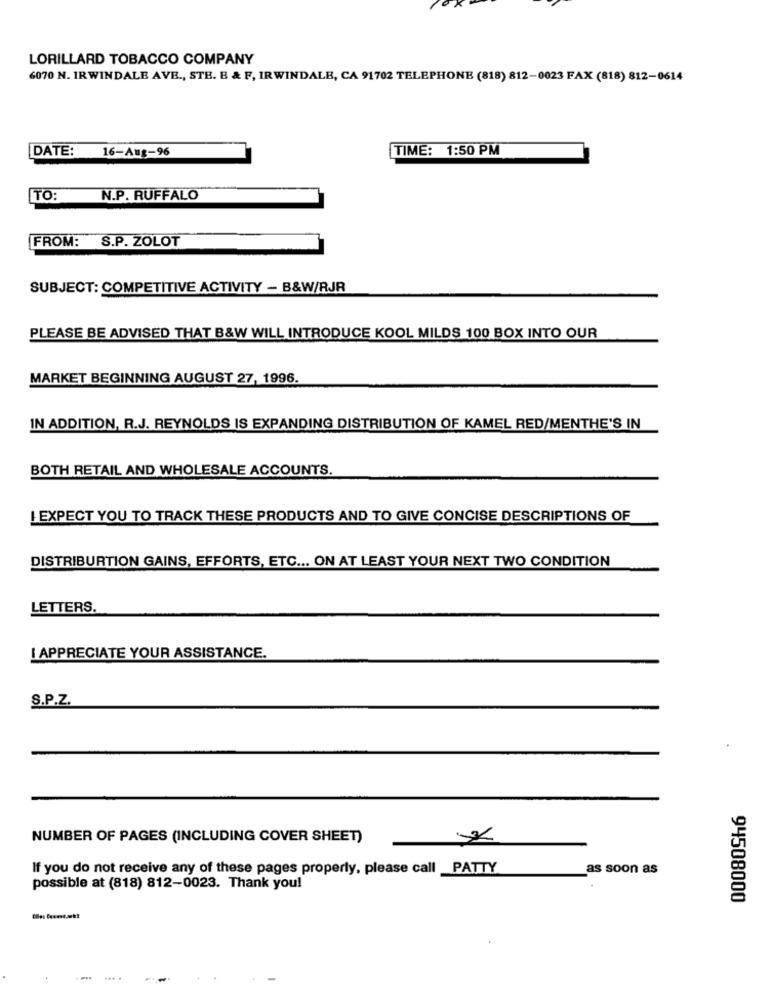
LORILLARD TOBACCO COMPANY
6070 N. IRWINDALE AVE ., STE. B & F, IRWINDALE, CA 91702 TELEPHONE (818) 812-0023 FAX (818) 812-0614
TIME: 1:50 PM
DATE: 16-Aug-96
TO:
N.P. RUFFALO
FROM: S.P. ZOLOT
SUBJECT: COMPETITIVE ACTIVITY - B&W/RJR
PLEASE BE ADVISED THAT B&W WILL INTRODUCE KOOL MILDS 100 BOX INTO OUR
MARKET BEGINNING AUGUST 27, 1996.
IN ADDITION, R.J. REYNOLDS IS EXPANDING DISTRIBUTION OF KAMEL RED/MENTHE'S IN
BOTH RETAIL AND WHOLESALE ACCOUNTS.
I EXPECT YOU TO TRACK THESE PRODUCTS AND TO GIVE CONCISE DESCRIPTIONS OF
DISTRIBURTION GAINS, EFFORTS, ETC ... ON AT LEAST YOUR NEXT TWO CONDITION
LETTERS.
I APPRECIATE YOUR ASSISTANCE.
S.P.Z.
NUMBER OF PAGES (INCLUDING COVER SHEET)
If you do not receive any of these pages properly, please call _PATTY
as soon as
possible at (818) 812-0023. Thank you!
94508000
... .